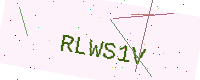
Text: RLWS1V